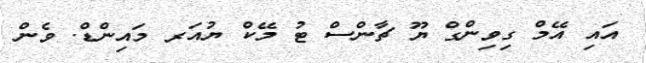
އައި އޭމް ގިވިންގް ޔޫ ޗާންސް ޓު މޭކް ޔުއަރ މައިންޑް. ވެން